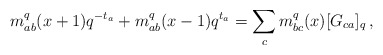
\begin{align*}m^{q}_{ab}(x+1)q^{-t_{a}}+m^{q}_{ab}(x-1)q^{t_{a}}=\sum_{c}m^{q}_{bc}(x)[G_{ca}]_{q}\,,\end{align*}